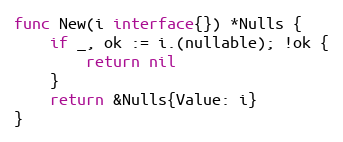
Language: Go
func New(i interface{}) *Nulls {
	if _, ok := i.(nullable); !ok {
		return nil
	}
	return &Nulls{Value: i}
}